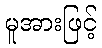
မူအားဖြင့်